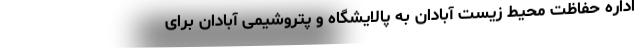
اداره حفاظت محیط زیست آبادان به پالایشگاه و پتروشیمی آبادان برای